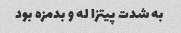
به شدت پیتزا له و بدمزه بود